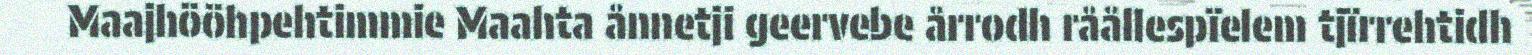
Maajhööhpehtimmie Maahta ånnetji geervebe årrodh råållespïelem tjïrrehtidh